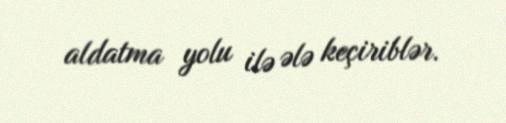
aldatma yolu ilə ələ keçiriblər.